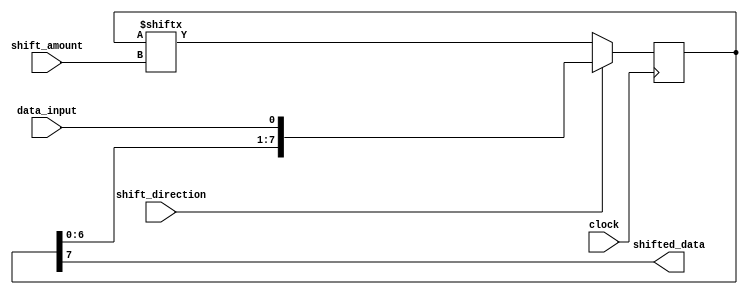
module shift_register(
    input data_input,
    input clock,
    input shift_direction,
    input [3:0] shift_amount,
    output reg shifted_data
    );

    reg [7:0] register;

    always @(posedge clock) begin
        if(shift_direction) begin // Shift right
            register <= {register[7-shift_amount:0], data_input};
        end else begin // Shift left
            register <= {data_input, register[7:shift_amount]};
        end
    end

    assign shifted_data = register[7];

endmodule